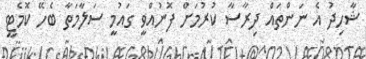
ޝާހިދު އެ ނަންތައް ދިރާސާ ކުރުމަށް ފޮނުއްވީ ގައުމީ ސަލާމަތާ ބެހޭ ކޮމެޓީ